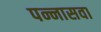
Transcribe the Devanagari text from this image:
पन्नासवा